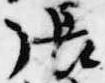
張